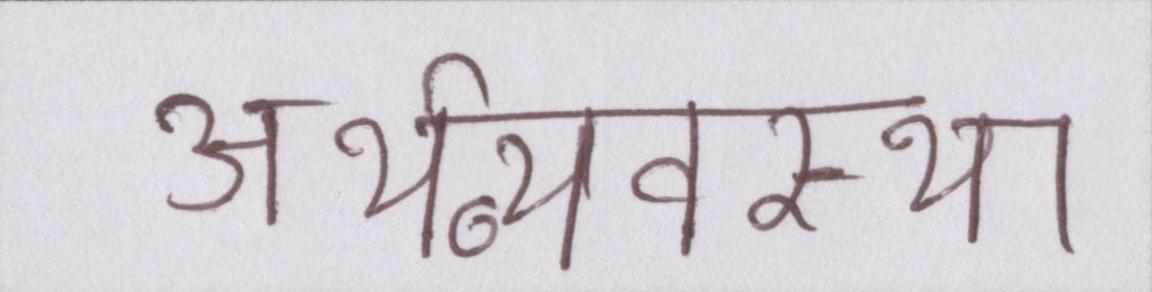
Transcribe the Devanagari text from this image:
अर्थव्यवस्था